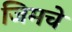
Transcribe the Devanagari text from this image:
जिमचे